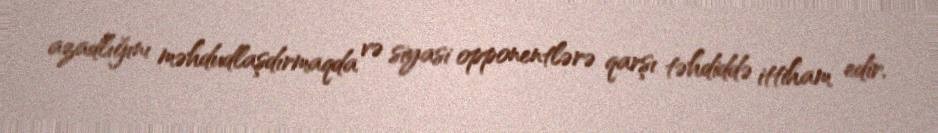
azadlığını məhdudlaşdırmaqda və siyasi opponentlərə qarşı təhdiddə ittiham edir.